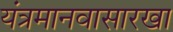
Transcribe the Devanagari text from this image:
यंत्रमानवासारखा